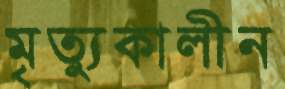
মৃত্যুকালীন